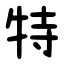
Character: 特